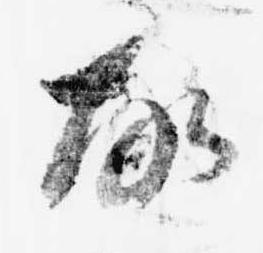
故